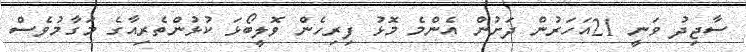
ސާޖިދު ވަނީ 21އަހަރުން ދަށުން އެންމެ މޮޅު ފިރިހެން ވޮލީބޯޅަ ކުޅުންތެރިއާގެ މަގާމުވެސް